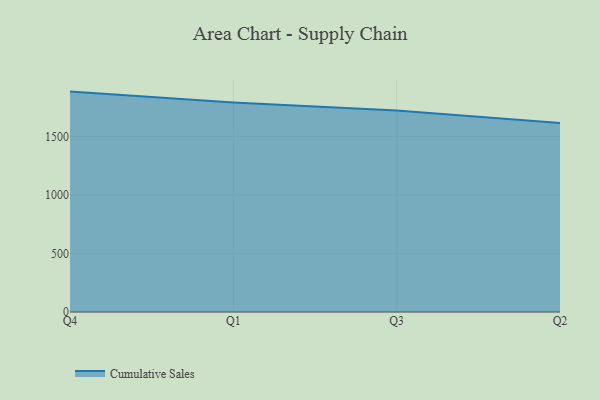
{"axis": {"x": "Quarter", "y": "Production Output"}, "legend": ["Cumulative Sales"], "data": [{"x": "Q4", "y": 1882.5, "type": "Cumulative Sales"}, {"x": "Q1", "y": 1790.0, "type": "Cumulative Sales"}, {"x": "Q3", "y": 1721.7, "type": "Cumulative Sales"}, {"x": "Q2", "y": 1613.9, "type": "Cumulative Sales"}]}